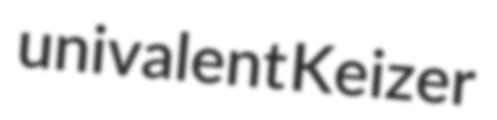
univalent Keizer